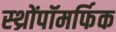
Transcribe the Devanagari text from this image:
स्थ्रोंपॉमर्फिक